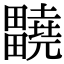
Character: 𤴀